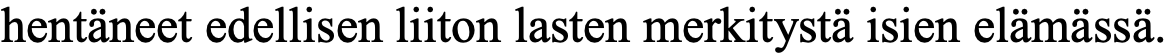
hentäneet edellisen liiton lasten merkitystä isien elämässä.